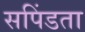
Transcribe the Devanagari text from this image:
सपिंडता